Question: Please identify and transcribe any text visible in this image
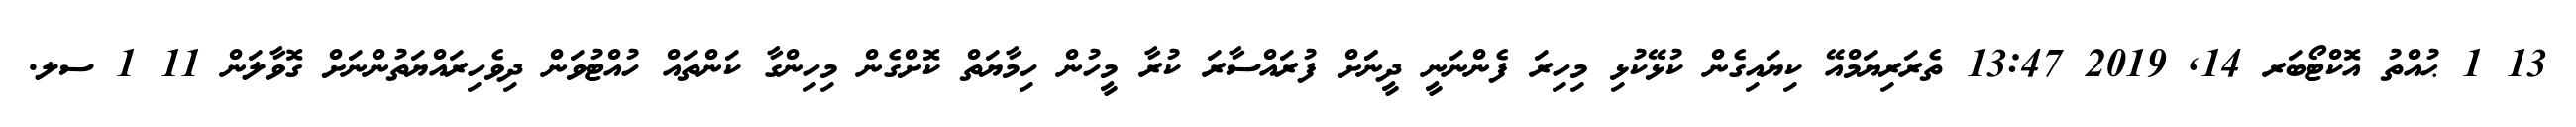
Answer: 13 1 ޙުއްތު އޮކްޓޯބަރ 14, 2019 13:47 ތެރަރިޔަމްއޭ ކިޔައިގެން ކުޅޭކުޅި މިހިރަ ފެންނަނީ ދީނަަށް ފުރައްސާރަ ކުރާ މީހުން ހިމާޔަތް ކޮށްގެން މިހިންގާ ކަންތައް ހުއްޓުވަން ދިވެހިރައްޔަތުންނަށް ގޮވާލަން 11 1 ސލ.